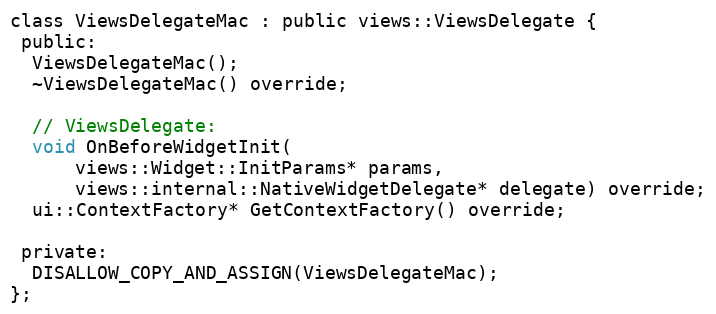
Language: C
class ViewsDelegateMac : public views::ViewsDelegate {
 public:
  ViewsDelegateMac();
  ~ViewsDelegateMac() override;

  // ViewsDelegate:
  void OnBeforeWidgetInit(
      views::Widget::InitParams* params,
      views::internal::NativeWidgetDelegate* delegate) override;
  ui::ContextFactory* GetContextFactory() override;

 private:
  DISALLOW_COPY_AND_ASSIGN(ViewsDelegateMac);
};